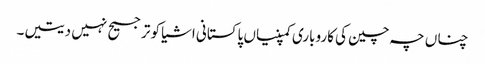
چناں چہ چین کی کاروباری کمپنیاں پاکستانی اشیا کو ترجیح نہیں دیتیں۔